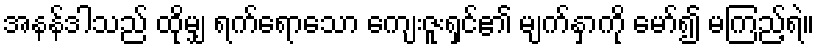
အနန်ဒါသည် ထိုမျှ ရက်ရောသော ကျေးဇူးရှင်၏ မျက်နှာကို မော်၍ မကြည့်ရဲ။